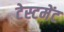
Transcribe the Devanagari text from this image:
टेस्टमेंट